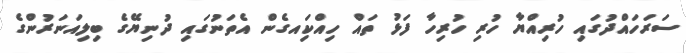
ސަރަހައްދުގައި ހުރިއްޔާ ހުރި ހުރިހާ ފަޅު ތައް ހިއްކަިއގެން އެތަނުގައި ދުނިޔޭގެ ބިލިއަނަރުންގެ